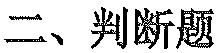
二、判断题